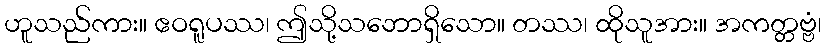
ဟူသည်ကား။ ဧဝရူပဿ၊ ဤသို့သဘောရှိသော။ တဿ၊ ထိုသူအား။ အကတ္တဗ္ဗံ၊